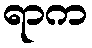
ရာက